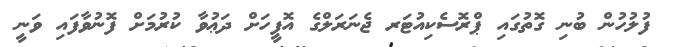
ފުލުހުން ބުނި ގޮތުގައި ޕްރޮސެކިއުޓަރ ޖެނަރަލްގެ އޮފީހަށް ދަޢުވާ ކުރުމަށް ފޮނުވާފައި ވަނީ